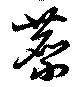
縻